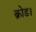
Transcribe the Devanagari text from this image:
क्रोड।